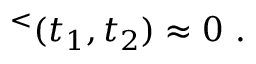
{ \bf \Sigma } ^ { < } ( t _ { 1 } , t _ { 2 } ) \approx 0 ~ .